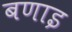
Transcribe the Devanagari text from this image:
बणाइ